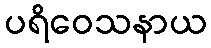
ပရိဝေသနာယ